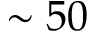
\sim 5 0